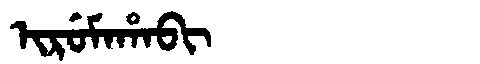
Manchu: ᡳᡵᡠᠮᠠᡥᠠᠪᡳ
Romanization: IRUMAHABI